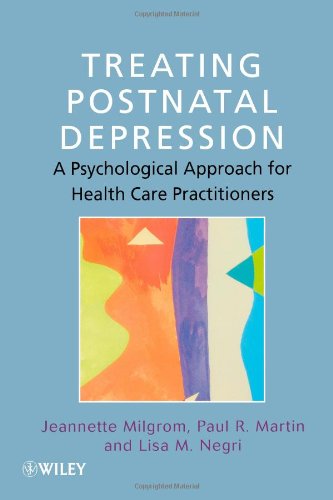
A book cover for Treating Postnatal Depression: A Psychological Approach for Health Care Practitioners; Jeannette Milgrom; Health, Fitness & Dieting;